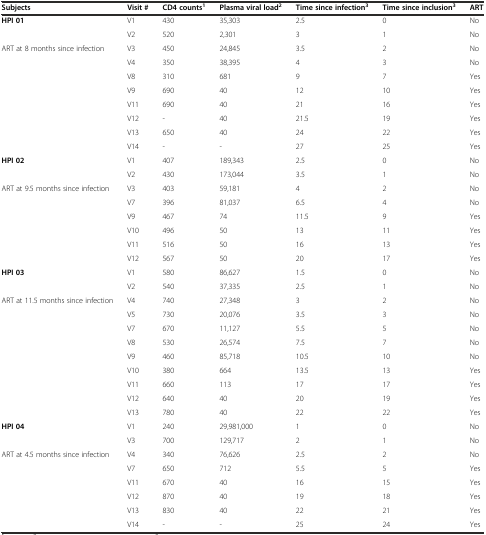
<table><thead><tr><td><b>Subjects</b></td><td><b>Visit #</b></td><td><b>CD4 counts<sup>1</sup></b></td><td><b>Plasma viral load<sup>2</sup></b></td><td><b>Time since infection<sup>3</sup></b></td><td><b>Time since inclusion<sup>3</sup></b></td><td><b>ART</b></td></tr></thead><tbody><tr><td><b>HPI 01</b></td><td>V1</td><td>430</td><td>35,303</td><td>2.5</td><td>0</td><td>No</td></tr><tr><td></td><td>V2</td><td>520</td><td>2,301</td><td>3</td><td>1</td><td>No</td></tr><tr><td rowspan="8">ART at 8 months since infection</td><td>V3</td><td>450</td><td>24,845</td><td>3.5</td><td>2</td><td>No</td></tr><tr><td>V4</td><td>350</td><td>38,395</td><td>4</td><td>3</td><td>No</td></tr><tr><td>V8</td><td>310</td><td>681</td><td>9</td><td>7</td><td>Yes</td></tr><tr><td>V9</td><td>690</td><td>40</td><td>12</td><td>10</td><td>Yes</td></tr><tr><td>V11</td><td>690</td><td>40</td><td>21</td><td>16</td><td>Yes</td></tr><tr><td>V12</td><td>-</td><td>40</td><td>21.5</td><td>19</td><td>Yes</td></tr><tr><td>V13</td><td>650</td><td>40</td><td>24</td><td>22</td><td>Yes</td></tr><tr><td>V14</td><td>-</td><td>-</td><td>27</td><td>25</td><td>Yes</td></tr><tr><td><b>HPI 02</b></td><td>V1</td><td>407</td><td>189,343</td><td>2.5</td><td>0</td><td>No</td></tr><tr><td></td><td>V2</td><td>430</td><td>173,044</td><td>3.5</td><td>1</td><td>No</td></tr><tr><td rowspan="6">ART at 9.5 months since infection</td><td>V3</td><td>403</td><td>59,181</td><td>4</td><td>2</td><td>No</td></tr><tr><td>V7</td><td>396</td><td>81,037</td><td>6.5</td><td>4</td><td>No</td></tr><tr><td>V9</td><td>467</td><td>74</td><td>11.5</td><td>9</td><td>Yes</td></tr><tr><td>V10</td><td>496</td><td>50</td><td>13</td><td>11</td><td>Yes</td></tr><tr><td>V11</td><td>516</td><td>50</td><td>16</td><td>13</td><td>Yes</td></tr><tr><td>V12</td><td>567</td><td>50</td><td>20</td><td>17</td><td>Yes</td></tr><tr><td><b>HPI 03</b></td><td>V1</td><td>580</td><td>86,627</td><td>1.5</td><td>0</td><td>No</td></tr><tr><td></td><td>V2</td><td>540</td><td>37,335</td><td>2.5</td><td>1</td><td>No</td></tr><tr><td rowspan="9">ART at 11.5 months since infection</td><td>V4</td><td>740</td><td>27,348</td><td>3</td><td>2</td><td>No</td></tr><tr><td>V5</td><td>730</td><td>20,076</td><td>3.5</td><td>3</td><td>No</td></tr><tr><td>V7</td><td>670</td><td>11,127</td><td>5.5</td><td>5</td><td>No</td></tr><tr><td>V8</td><td>530</td><td>26,574</td><td>7.5</td><td>7</td><td>No</td></tr><tr><td>V9</td><td>460</td><td>85,718</td><td>10.5</td><td>10</td><td>No</td></tr><tr><td>V10</td><td>380</td><td>664</td><td>13.5</td><td>13</td><td>Yes</td></tr><tr><td>V11</td><td>660</td><td>113</td><td>17</td><td>17</td><td>Yes</td></tr><tr><td>V12</td><td>640</td><td>40</td><td>20</td><td>19</td><td>Yes</td></tr><tr><td>V13</td><td>780</td><td>40</td><td>22</td><td>22</td><td>Yes</td></tr><tr><td><b>HPI 04</b></td><td>V1</td><td>240</td><td>29,981,000</td><td>1</td><td>0</td><td>No</td></tr><tr><td></td><td>V3</td><td>700</td><td>129,717</td><td>2</td><td>1</td><td>No</td></tr><tr><td rowspan="6">ART at 4.5 months since infection</td><td>V4</td><td>340</td><td>76,626</td><td>2.5</td><td>2</td><td>No</td></tr><tr><td>V7</td><td>650</td><td>712</td><td>5.5</td><td>5</td><td>Yes</td></tr><tr><td>V11</td><td>670</td><td>40</td><td>16</td><td>15</td><td>Yes</td></tr><tr><td>V12</td><td>870</td><td>40</td><td>19</td><td>18</td><td>Yes</td></tr><tr><td>V13</td><td>830</td><td>40</td><td>22</td><td>21</td><td>Yes</td></tr><tr><td>V14</td><td>-</td><td>-</td><td>25</td><td>24</td><td>Yes</td></tr></tbody></table>